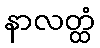
နာလတ္ထံ